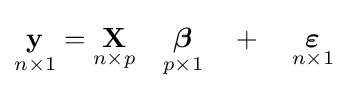
{\underset {n\times 1}{\mathbf {y} }}={\underset {n\times p}{\mathbf {X} }}\quad {\underset {p\times 1}{\boldsymbol {\beta }}}\quad +\quad {\underset {n\times 1}{\boldsymbol {\varepsilon }}}